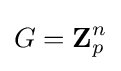
G=\mathbf {Z} _{p}^{n}